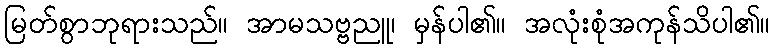
မြတ်စွာဘုရားသည်။ အာမသဗ္ဗညူ၊ မှန်ပါ၏။ အလုံးစုံအကုန်သိပါ၏။